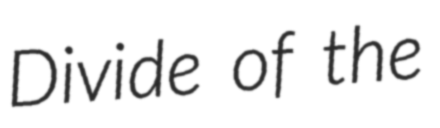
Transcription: Divide of the